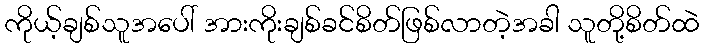
ကိုယ့်ချစ်သူအပေါ် အားကိုးချစ်ခင်စိတ်ဖြစ်လာတဲ့အခါ သူတို့စိတ်ထဲ